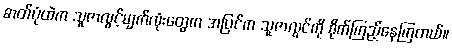
ဓာတ်ပုံထဲက သူဇာလွင့်မျက်လုံးတွေက အပြင်က သူဇာလွင်ကို စိုက်ကြည့်နေကြတယ်။